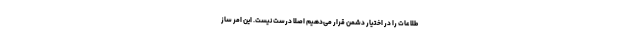
طلاعات را در اختیار دشمن قرار می‌دهیم اصلا درست نیست. این امر ساز